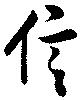
信